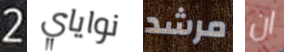
2 نواياي مرشد ان